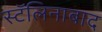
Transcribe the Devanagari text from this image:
स्टॅलिनाबाद